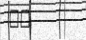
٣٨